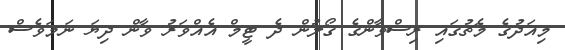
މިއަދުގެ މެޗުގައި ރިސްވާންގެ ގޯލުން ދެ ޓީމް އެއްވަރު ވާން ދިޔަ ނަމަވެސް